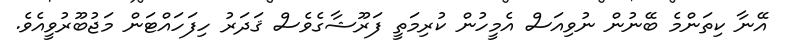
އޭނާ ކިތަންމެ ބޭނުން ނުވިއަސް އެމީހުން ކުރިމަތީ ފަރޫޝާގެވެސް ޤަދަރު ހިފަހައްޓަން މަޖުބޫރުވީއެވެ.